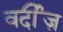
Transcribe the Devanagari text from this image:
वर्दीज़